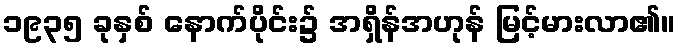
၁၉၃၅ ခုနှစ် နောက်ပိုင်း၌ အရှိန်အဟုန် မြင့်မားလာ၏။